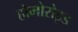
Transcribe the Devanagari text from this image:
होमोरोइड